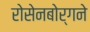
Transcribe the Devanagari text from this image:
रोसेनबोर्गने